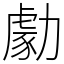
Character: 勮